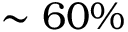
\sim 6 0 \%